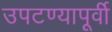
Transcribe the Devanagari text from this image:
उपटण्यापूर्वी